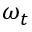
\omega _ { t }